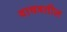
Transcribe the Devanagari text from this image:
वाचवतील